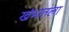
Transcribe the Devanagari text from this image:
खंभातला